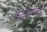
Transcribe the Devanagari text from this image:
कंदहारला